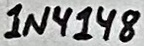
Text: 1N4148